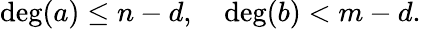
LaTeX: \deg(a)\leq n-d,\quad\deg(b)<m-d.